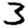
Digit: 3